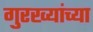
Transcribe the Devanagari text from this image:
गुरख्यांच्या